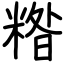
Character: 糌